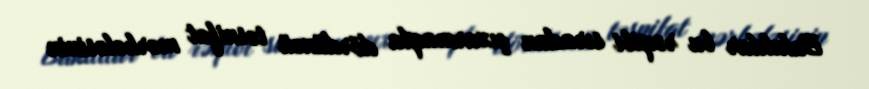
Bakılılar bu rəqibi sıradan çıxarmaqla dördüncü təsnifat mərhələsinin